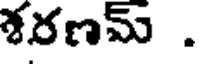
శరణమ్ .